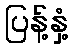
ပြန့်နှံ့